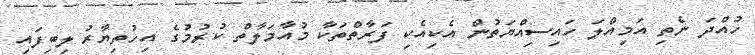
ހުއްދަ ނެތި އަމިއްލަ ހައިސިއްޔަތުން އެކިއެކި ފަރާތްތަކާ މުއާމަލާތް ކުރުމުގެ އިހުތިޔާރު ލިބިފައި